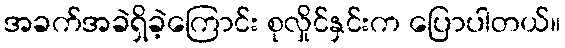
အခက်အခဲရှိခဲ့ကြောင်း စုလှိုင်နှင်းက ပြောပါတယ်။